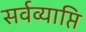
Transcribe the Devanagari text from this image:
सर्वव्याप्ति